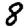
Digit: 8